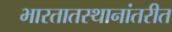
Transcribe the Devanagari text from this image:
भारतातस्थानांतरीत